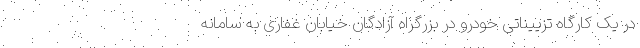
در یک کارگاه تزییناتی خودرو در بزرگراه آزادگان خیابان غفاری به سامانه